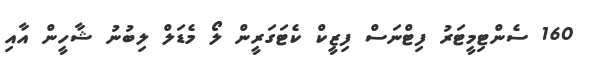
160 ސެންޓިމީޓަރު ފިޓްނަސް ފިޒީކް ކެޓަގަރީން ލޯ މެޑަލް ލިބުނު ޝާހީން އާއި